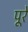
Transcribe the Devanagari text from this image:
पूरे